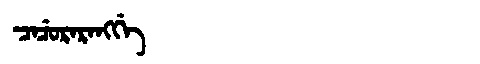
Manchu: ᠴᠠᠴᡠᡵᠠᡵᠠᠩᡤᡝ
Romanization: CACURARANGGE